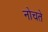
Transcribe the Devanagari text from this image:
नोचते